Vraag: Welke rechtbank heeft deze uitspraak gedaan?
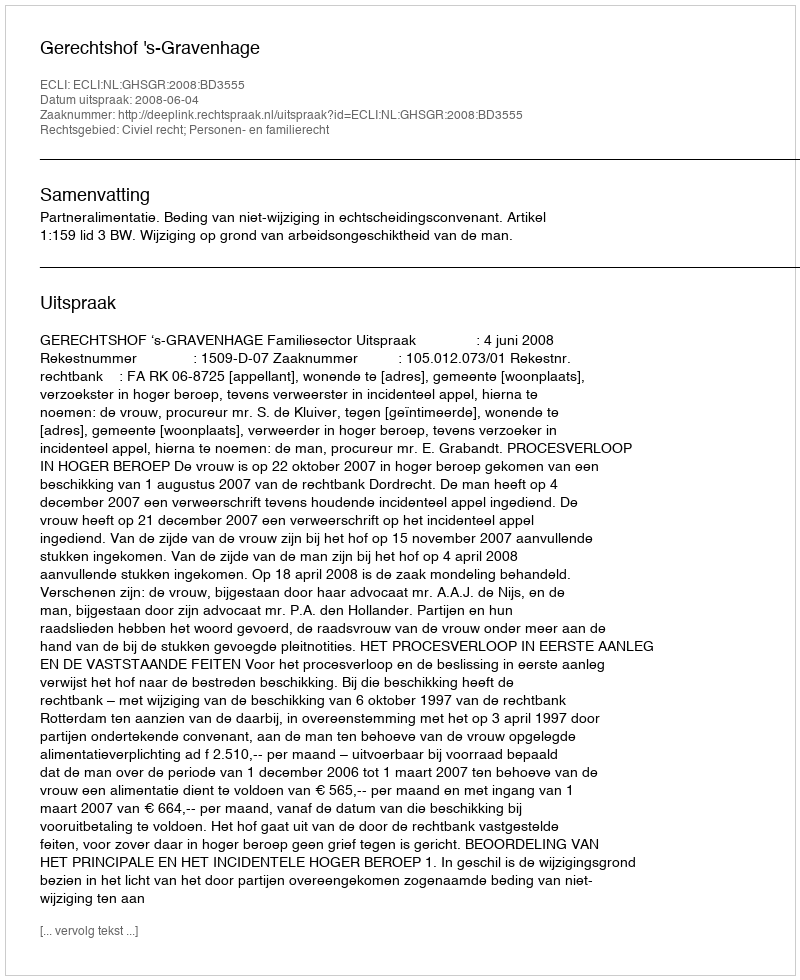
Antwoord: Gerechtshof 's-Gravenhage